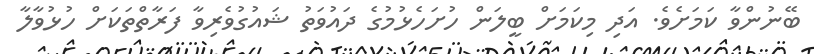
ބޭނުންވާ ކަމަށެވެ. އަދި މިކަމަށް ބީލަން ހުށަހެޅުމުގެ ދައުވަތު ޝައުގުވެރިވާ ފަރާތްތަކަށް ހުޅުވާލާ